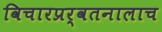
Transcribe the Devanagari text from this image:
विचारप्रर्वतनालाच